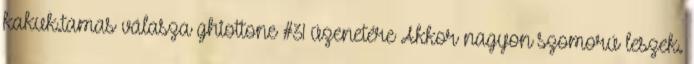
kakuk.tamas válasza ghiottone #31 üzenetére Akkor nagyon szomorú leszek.